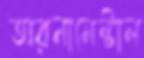
অরনামেন্টাল